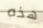
هذه